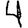
Digit: 4